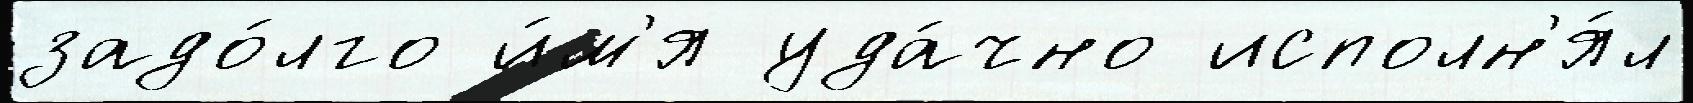
задо́лго и́м'я уда́чно исполн'я́л